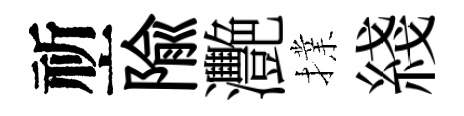
祈隃灧擈綫